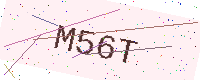
Text: M56T